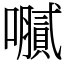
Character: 𫬤